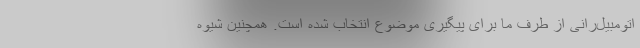
اتومبیل‌رانی از طرف ما برای پیگیری موضوع انتخاب شده است. همچنین شیوه